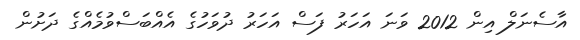
އާސެނަލް އިން 2012 ވަނަ އަހަރު ފަސް އަހަރު ދުވަހުގެ އެއްބަސްވުމެއްގެ ދަށުން